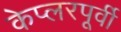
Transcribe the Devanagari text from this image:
केप्लरपूर्वी